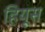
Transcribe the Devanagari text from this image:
हियूस